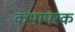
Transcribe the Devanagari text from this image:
कथापरक